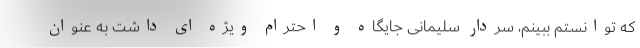
که توانستم ببینم، سردار سلیمانی جایگاه و احترام ویژه ای داشت به عنوان